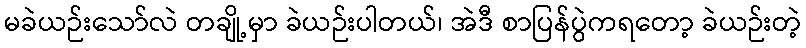
မခဲယဉ်းသော်လဲ တချို့မှာ ခဲယဉ်းပါတယ်၊ အဲဒီ စာပြန်ပွဲကရတော့ ခဲယဉ်းတဲ့